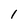
Character: 1